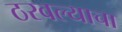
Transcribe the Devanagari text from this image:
ठरवल्याचा